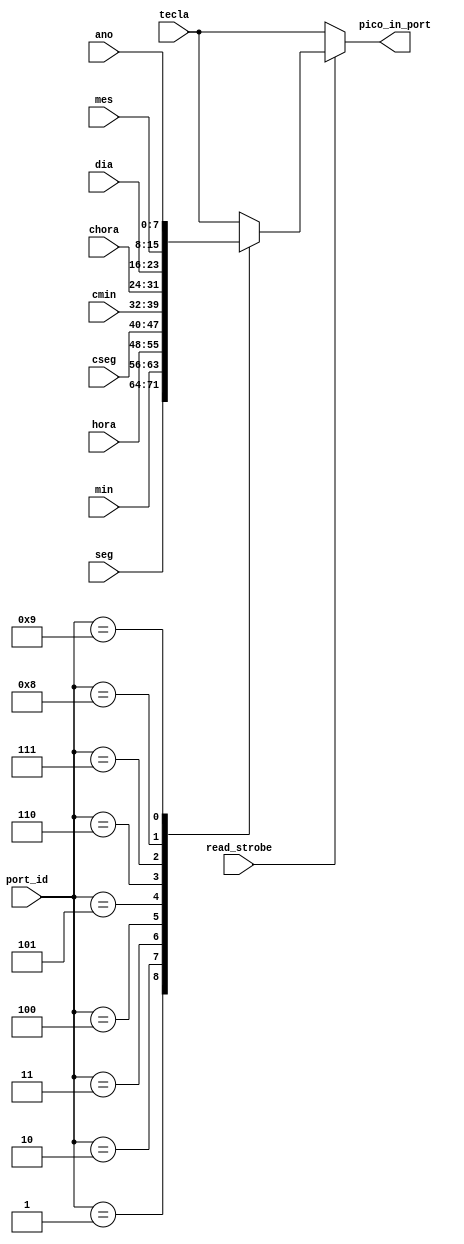
`timescale 1ns / 1ps
//////////////////////////////////////////////////////////////////////////////////
// Company: 
// Engineer: 
// 
// Design Name: 
// Module Name:    mux_picoblaze 
// Project Name: 
// Target Devices: 
// Tool versions: 
// Description: 
//
// Dependencies: 
//
// Revision: 
// Revision 0.01 - File Created
// Additional Comments: 
//
//////////////////////////////////////////////////////////////////////////////////
module mux_picoblaze(input wire read_strobe,  input wire [7:0] port_id, tecla, dia, mes, ano, hora, min, seg, chora, cmin, cseg, 
	output reg [7:0] pico_in_port
    );
	 
always @*
	begin 
		if(read_strobe==1)
			begin case (port_id)
			8'h01: pico_in_port = seg;
			8'h02: pico_in_port = min;
			8'h03: pico_in_port = hora;
			8'h04: pico_in_port = cseg;
			8'h05: pico_in_port = cmin;
			8'h06: pico_in_port = chora;
			8'h07: pico_in_port = dia;
			8'h08: pico_in_port = mes;
			8'h09: pico_in_port = ano;
			8'h0a: pico_in_port = tecla;
			default: pico_in_port = tecla;  
			endcase
		end
		else 
		  pico_in_port = tecla;
	end
endmodule